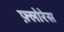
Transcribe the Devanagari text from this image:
फ़्लोरेस